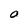
Character: O